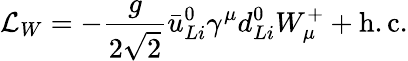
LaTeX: {\cal L}_{W}=-\frac{g}{2\sqrt 2}\bar{u}_{Li}^{0}\gamma^{\mu}d_{Li}^{0}W_{\mu}^{+}+\mathrm{h.c.}